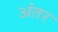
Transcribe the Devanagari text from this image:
अंंतर